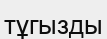
тұгызды